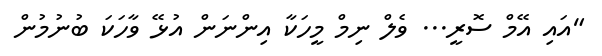
"އައި އޭމް ސޮރީ... ވެލް ނިމް މީހަކާ އިންނަން އުޅޭ ވާހަކަ ބުނުމުން